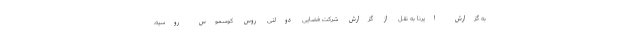
به گزارش ایرنا به نقل از گزارش شرکت فضایی دولتی روس کوسموس روسیه،